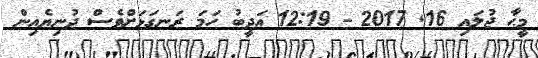
މީޙާ ޖުލައި 16